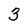
Character: 3